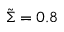
\tilde { \Sigma } = 0 . 8